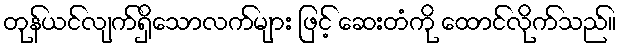
တုန်ယင်လျက်ရှိသောလက်များ ဖြင့် ဆေးတံကို ထောင်လိုက်သည်။